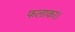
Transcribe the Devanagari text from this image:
फलाका।